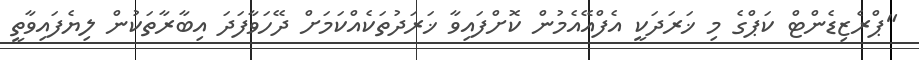
"ޕްރެޒިޑެންޓް ކަޕްގެ މި ޚަރަދަކީ އެފްއޭއެމުން ކޮށްފައިވާ ޚަރަދުތަކެއްކަމަށް ދޭހަވާފަދަ އިބާރާތަކުން ލިޔެފައިވާތީ